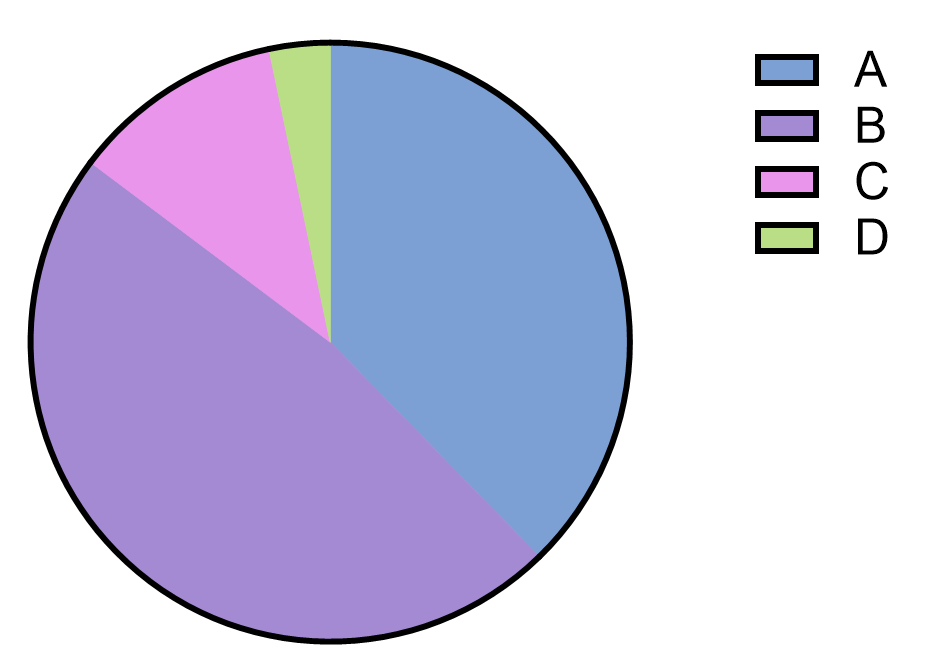
graphpad,parts of whole, pie